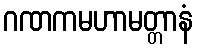
ဂဏကမဟာမတ္တာနံ